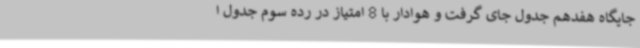
جایگاه هفدهم جدول جای گرفت و هوادار با 8 امتیاز در رده سوم جدول ا